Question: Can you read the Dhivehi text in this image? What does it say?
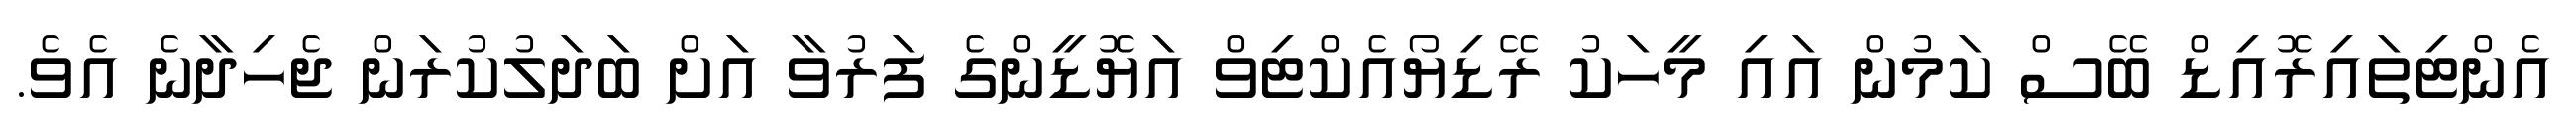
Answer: އެންޓިތައިރޮއިޑް ބޭސް ކަމުން އައި މީހަކު ރޭޑިޔޯއެކްޓިވް އަޔޮޑީންގެ ފަރުވާ އަށް ބަދަލުކުރަން ޖެހިދާނެ އެވެ.